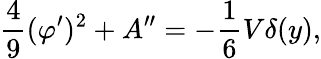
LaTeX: \frac{4}{9}(\varphi^{\prime})^{2}+A^{\prime\prime}=-\frac{1}{6}V\delta(y),